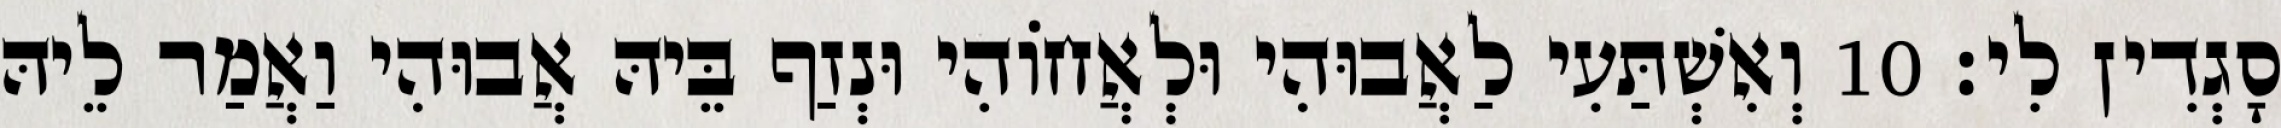
סָגְדִין לִי׃ 10 וְאִשְׁתַּעִי לַאֲבוּהִי וּלְאֲחוֹהִי וּנְזַף בֵּיהּ אֲבוּהִי וַאֲמַר לֵיהּ